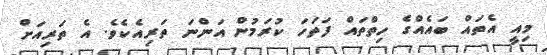
މިއީ އެތައް ބައެެއްގެ ހިތްތައް ފަތަހަ ކުރަމުން އަންނަ ތަރިއެކެވެ. އެ ތަރިއަށް